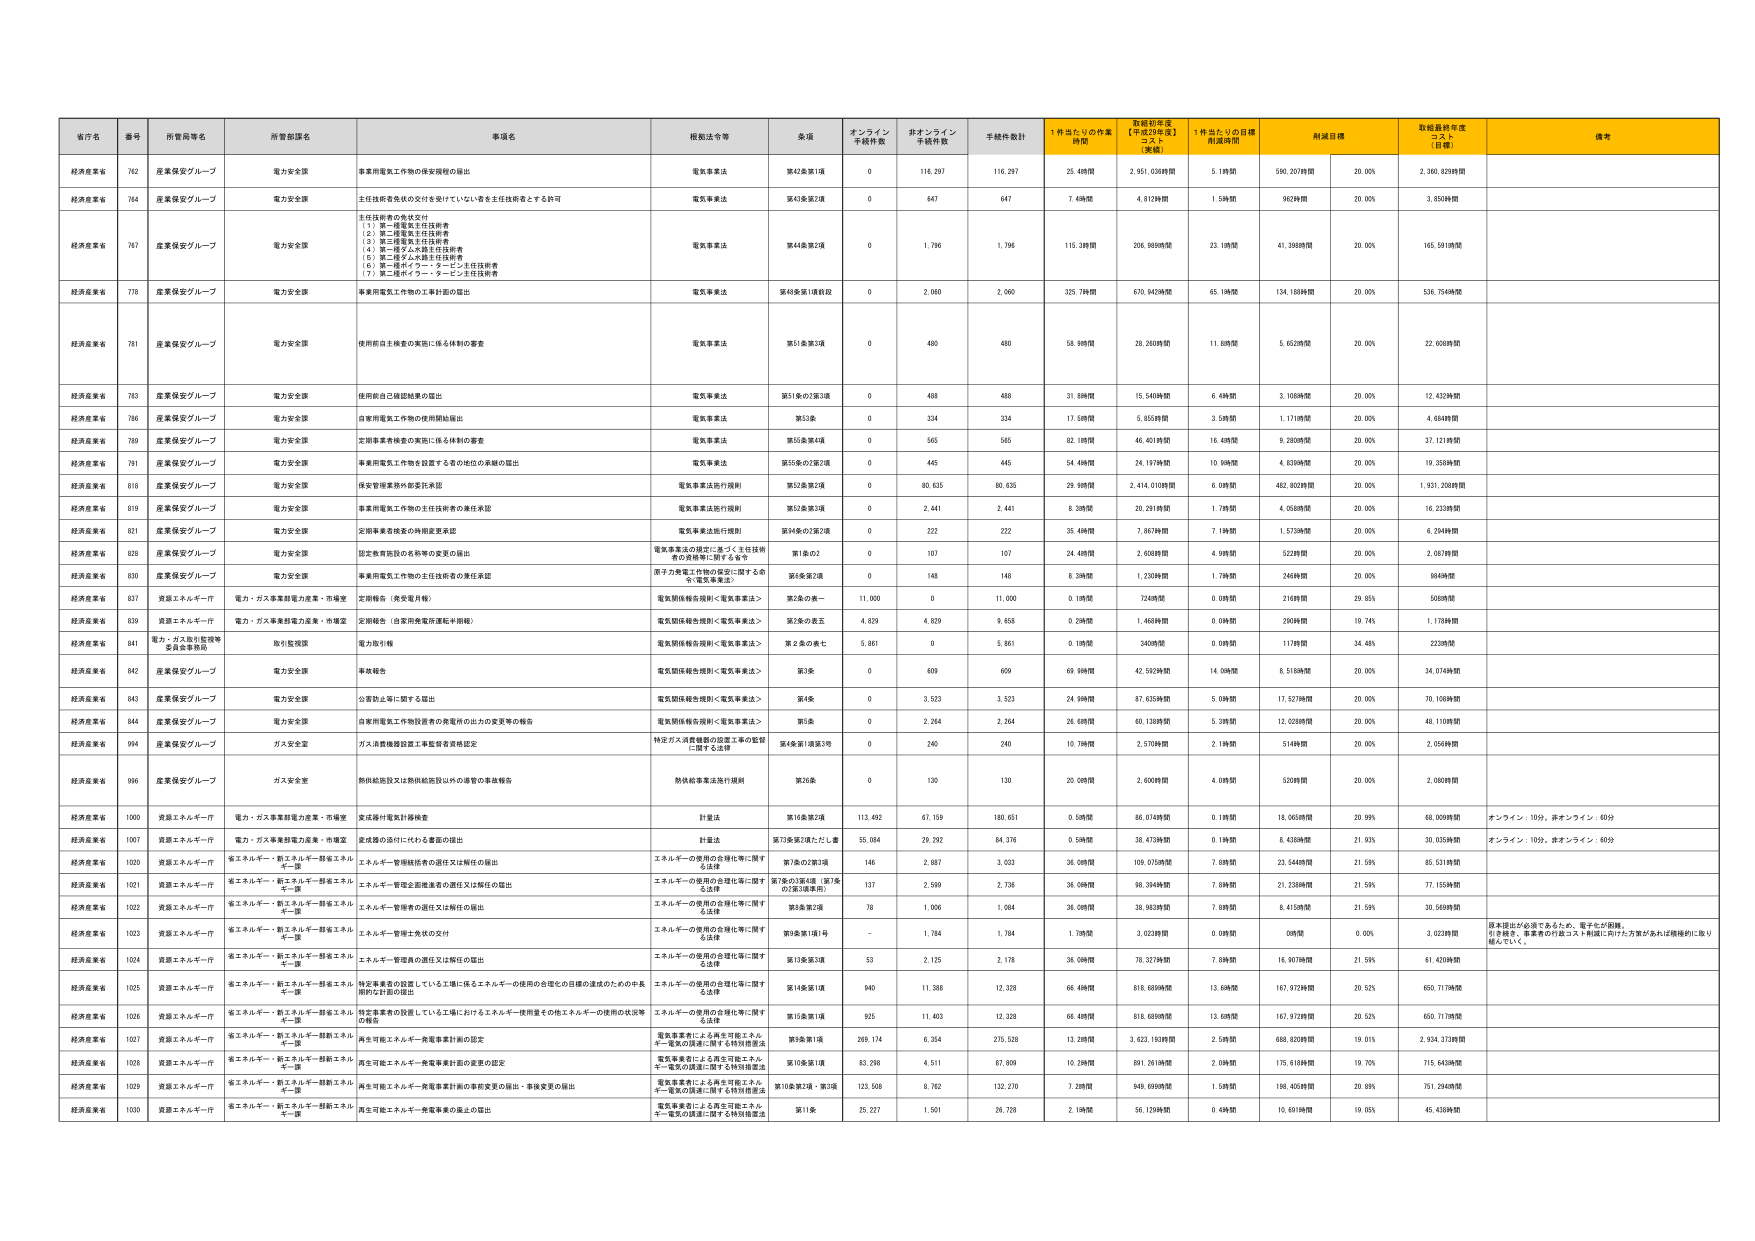
省庁名 番号 所管局等名 所管部課名 事項名 根拠法令等 条項 オンライン 手続件数 非オンライン 手続件数 手続件数計 1件当たりの作業 時間 取組初年度 【平成29年度】 コスト 【実績】 1件当たりの目標 作成時間 削減目標 取組最終年度 コスト 【目標】 備考
経済産業省 762 産業保安グループ 電力安全課 事業用電気工作物の保安規制の届出 電気事業法 第42条第1項 0 116,297 116,297 25.4時間 2,951,036時間 5.1時間 590,207時間 20.00% 2,360,829時間
経済産業省 764 産業保安グループ 電力安全課 主任技術者名状の交付を受けていない者を主任技術者とする許可 電気事業法 第43条第2項 0 647 647 7.4時間 4,812時間 1.5時間 962時間 20.00% 3,850時間
経済産業省 767 産業保安グループ 電力安全課 主任技術者の免状交付 （1）第一種電気主任技術者 （2）第二種電気主任技術者 （3）第三種電気主任技術者 （4）第一種ガス設備主任技術者 （5）第二種ガス設備主任技術者 （6）第一種ボイラー・タービン主任技術者 （7）第二種ボイラー・タービン主任技術者 電気事業法 第44条第2項 0 1,796 1,796 115.3時間 206,989時間 23.1時間 41,398時間 20.00% 165,591時間
経済産業省 778 産業保安グループ 電力安全課 事業用電気工作物の工事計画の届出 電気事業法 第48条第1項前段 0 2,060 2,060 325.7時間 670,942時間 65.1時間 134,188時間 20.00% 536,754時間
経済産業省 781 産業保安グループ 電力安全課 使用前自主検査の実施に係る体制の審査 電気事業法 第51条第3項 0 480 480 58.9時間 28,260時間 11.8時間 5,652時間 20.00% 22,608時間
経済産業省 783 産業保安グループ 電力安全課 使用前自己確認検査の届出 電気事業法 第51条の2第3項 0 488 488 31.8時間 15,540時間 6.4時間 3,108時間 20.00% 12,432時間
経済産業省 786 産業保安グループ 電力安全課 自家用電気工作物の使用開始届出 電気事業法 第53条 0 334 334 17.5時間 5,855時間 3.5時間 1,171時間 20.00% 4,684時間
経済産業省 789 産業保安グループ 電力安全課 定期事業者検査の実施に係る体制の審査 電気事業法 第55条第4項 0 565 565 82.1時間 46,401時間 16.4時間 9,280時間 20.00% 37,121時間
経済産業省 791 産業保安グループ 電力安全課 事業用電気工作物を設置する者の地位の承継の届出 電気事業法 第55条の2第2項 0 445 445 54.4時間 24,197時間 10.9時間 4,839時間 20.00% 19,358時間
経済産業省 818 産業保安グループ 電力安全課 保安管理業務外部委託承認 電気事業法施行規則 第52条第2項 0 80,635 80,635 29.8時間 2,414,010時間 6.0時間 482,802時間 20.00% 1,931,208時間
経済産業省 819 産業保安グループ 電力安全課 事業用電気工作物の主任技術者の兼任承認 電気事業法施行規則 第52条第3項 0 2,441 2,441 8.3時間 20,291時間 1.7時間 4,058時間 20.00% 16,233時間
経済産業省 821 産業保安グループ 電力安全課 定期事業者検査の時期変更承認 電気事業法施行規則 第54条の2第2項 0 222 222 35.4時間 7,867時間 7.1時間 1,573時間 20.00% 6,294時間
経済産業省 828 産業保安グループ 電力安全課 認定教育施設の名称等の変更の届出 電気事業法の規定に基づく主任技術 者の資格等に関する省令 第1条の2 0 107 107 24.4時間 2,608時間 4.9時間 522時間 20.00% 2,087時間
経済産業省 830 産業保安グループ 電力安全課 事業用電気工作物の主任技術者の兼任承認 原子力発電工作物の保安に関する命 令（電気事業法） 第6条第2項 0 148 148 8.3時間 1,230時間 1.7時間 246時間 20.00% 984時間
経済産業省 837 資源エネルギー庁 電力・ガス事業部電力産業・市場室 定期報告（発災電月報） 電気関係報告規則＜電気事業法＞ 第2条の表一 11,000 0 11,000 0.1時間 724時間 0.0時間 216時間 29.85% 508時間
経済産業省 839 資源エネルギー庁 電力・ガス事業部電力産業・市場室 定期報告（自家用発電所運転月報他） 電気関係報告規則＜電気事業法＞ 第2条の表五 4,829 4,829 9,658 0.2時間 1,468時間 0.0時間 290時間 19.74% 1,178時間
経済産業省 841 電力・ガス供給監視等 委員会事務局 取引監視課 電力取引報 電気関係報告規則＜電気事業法＞ 第２条の表七 5,861 0 5,861 0.1時間 340時間 0.0時間 117時間 34.48% 223時間
経済産業省 842 産業保安グループ 電力安全課 事故報告 電気関係報告規則＜電気事業法＞ 第7条 0 609 609 69.9時間 42,592時間 14.0時間 8,518時間 20.00% 34,074時間
経済産業省 843 産業保安グループ 電力安全課 公害防止等に関する届出 電気関係報告規則＜電気事業法＞ 第4条 0 3,523 3,523 24.9時間 87,635時間 5.0時間 17,527時間 20.00% 70,108時間
経済産業省 844 産業保安グループ 電力安全課 自家用電気工作物設置者の廃電所の出力の変更等の報告 電気関係報告規則＜電気事業法＞ 第5条 0 2,264 2,264 26.6時間 60,138時間 5.3時間 12,028時間 20.00% 48,110時間
経済産業省 994 産業保安グループ ガス安全室 ガス消費機器設置工事監督者資格認定 特定ガス消費機器の設置工事の監督 に関する法律 第4条第1項第3号 0 240 240 10.7時間 2,570時間 2.1時間 514時間 20.00% 2,056時間
経済産業省 996 産業保安グループ ガス安全室 熱供給施設又は熱供給施設以外の導管の事業報告 熱供給事業法施行規則 第26条 0 130 130 20.0時間 2,600時間 4.0時間 520時間 20.00% 2,080時間
経済産業省 1000 資源エネルギー庁 電力・ガス事業部電力産業・市場室 受送線付電気計量検査 計量法 第16条第2項 113,492 67,159 180,651 0.5時間 86,074時間 0.1時間 18,065時間 20.99% 68,009時間 オンライン：1099、非オンライン：609
経済産業省 1007 資源エネルギー庁 電力・ガス事業部電力産業・市場室 受送線の送付に付ける書面の届出 計量法 第73条第2項ただし書 55,084 29,292 84,376 0.5時間 38,473時間 0.1時間 8,438時間 21.93% 30,035時間 オンライン：1099、非オンライン：609
経済産業省 1020 資源エネルギー庁 省エネルギー・新エネルギー部省エネルギーア課 エネルギー管理統括者の選任又は解任の届出 エネルギーの使用の合理化等に関する法律 第7条の2第3項 146 2,887 3,033 36.0時間 109,075時間 7.8時間 23,544時間 21.59% 85,531時間
経済産業省 1021 資源エネルギー庁 省エネルギー・新エネルギー部省エネルギーア課 エネルギー管理企画推進者の選任又は解任の届出 エネルギーの使用の合理化等に関する法律 第7条の3第4項（第7条 の2第3項参照） 137 2,599 2,736 36.0時間 98,394時間 7.8時間 21,338時間 21.59% 77,155時間
経済産業省 1022 資源エネルギー庁 省エネルギー・新エネルギー部省エネルギーア課 エネルギー管理者の選任又は解任の届出 エネルギーの使用の合理化等に関する法律 第8条第2項 78 1,006 1,084 36.0時間 39,993時間 7.8時間 8,415時間 21.59% 30,569時間
経済産業省 1023 資源エネルギー庁 省エネルギー・新エネルギー部省エネルギーア課 エネルギー管理士免状の交付 エネルギーの使用の合理化等に関する法律 第9条第1項1号 - 1,784 1,784 1.7時間 3,023時間 0.0時間 0時間 0.00% 3,023時間 原本提出が必要であるため、電子化が困難。 付与検査、事業者の同意文書、申請書に添付した方策があれば積極的に取り 組んでいく。
経済産業省 1024 資源エネルギー庁 省エネルギー・新エネルギー部省エネルギーア課 エネルギー管理員の選任又は解任の届出 エネルギーの使用の合理化等に関する法律 第13条第3項 53 2,125 2,178 36.0時間 78,327時間 7.8時間 16,907時間 21.59% 61,420時間
経済産業省 1025 資源エネルギー庁 省エネルギー・新エネルギー部省エネルギーア課 特定事業者の設置している工場に係るエネルギー使用の合理化の目標の達成のための中長期的な計画の届出 エネルギーの使用の合理化等に関する法律 第14条第1項 940 11,386 12,326 66.4時間 818,689時間 13.6時間 167,972時間 20.52% 650,717時間
経済産業省 1026 資源エネルギー庁 省エネルギー・新エネルギー部省エネルギーア課 特定事業者の設置している工場におけるエネルギー使用量その他エネルギーの使用の状況等の報告 エネルギーの使用の合理化等に関する法律 第15条第1項 925 11,403 12,328 66.4時間 818,689時間 13.6時間 167,972時間 20.52% 650,717時間
経済産業省 1027 資源エネルギー庁 省エネルギー・新エネルギー部新エネルギーア課 再生可能エネルギー発電事業計画の認定 電気事業者による再生可能エネルギー電気の調達に関する特別措置法 第9条第1項 269,174 6,354 275,528 13.2時間 3,623,193時間 2.5時間 688,820時間 19.01% 2,934,373時間
経済産業省 1028 資源エネルギー庁 省エネルギー・新エネルギー部新エネルギーア課 再生可能エネルギー発電事業計画の変更の認定 電気事業者による再生可能エネルギー電気の調達に関する特別措置法 第10条第1項 83,298 4,511 87,809 10.2時間 891,261時間 2.0時間 175,618時間 19.70% 715,643時間
経済産業省 1029 資源エネルギー庁 省エネルギー・新エネルギー部新エネルギーア課 再生可能エネルギー発電事業計画の事前変更の届出・事後変更の届出 電気事業者による再生可能エネルギー電気の調達に関する特別措置法 第10条第2項・第3項 123,508 8,762 132,270 7.2時間 949,699時間 1.5時間 198,405時間 20.89% 751,294時間
経済産業省 1030 資源エネルギー庁 省エネルギー・新エネルギー部新エネルギーア課 再生可能エネルギー発電事業の廃止の届出 電気事業者による再生可能エネルギー電気の調達に関する特別措置法 第11条 25,227 1,501 26,728 2.1時間 56,129時間 0.4時間 10,691時間 19.05% 45,438時間